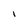
Character: l